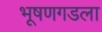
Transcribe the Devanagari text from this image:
भूषणगडला